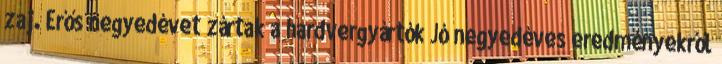
zaj. Erős negyedévet zártak a hardvergyártók Jó negyedéves eredményekről